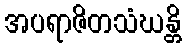
အပရာဇိတသံဃန္တိ